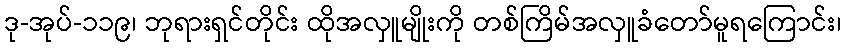
ဒု-အုပ်-၁၁၉၊ ဘုရားရှင်တိုင်း ထိုအလှူမျိုးကို တစ်ကြိမ်အလှူခံတော်မူရကြောင်း၊